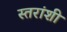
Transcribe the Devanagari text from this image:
स्तरांशी